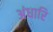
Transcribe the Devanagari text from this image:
अंधारि